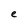
Character: e